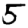
Digit: 5